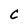
Character: C